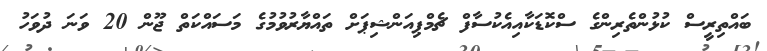
ބައްތިރީސް ކުޅުންތެރިންގެ ސްކޮޑަކާއިއެކުސާފް ޗެމްޕިއަންޝިޕަށް ތައްޔާރުވުމުގެ މަސައްކަތް ޖޫން 20 ވަނަ ދުވަހު